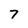
Character: 7